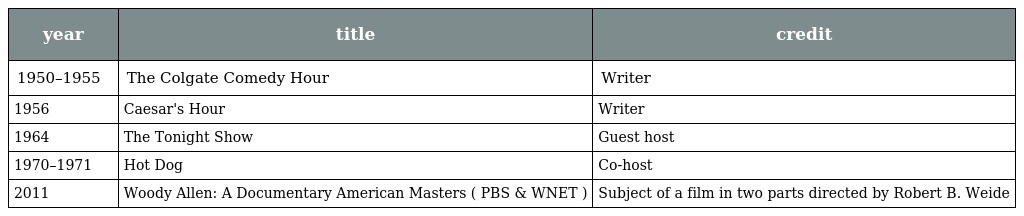
| year | title | credit |
 | --- | --- | --- |
 | 1950–1955 | The Colgate Comedy Hour | Writer |
 | 1956 | Caesar's Hour | Writer |
 | 1964 | The Tonight Show | Guest host |
 | 1970–1971 | Hot Dog | Co-host |
 | 2011 | Woody Allen: A Documentary American Masters ( PBS & WNET ) | Subject of a film in two parts directed by Robert B. Weide |